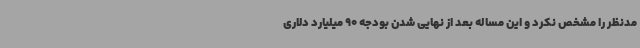
مدنظر را مشخص نکرد و این مساله بعد از نهایی شدن بودجه 90 میلیارد دلاری